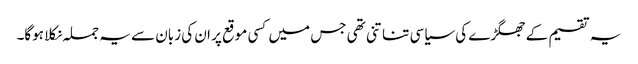
یہ تقسیم کے جھگڑے کی سیاسی تناتنی تھی جس میں کسی موقع پر ان کی زبان سے یہ جملہ نکلا ہوگا۔